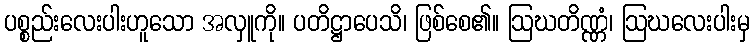
ပစ္စည်းလေးပါးဟူသော အလှူကို။ ပတိဋ္ဌာပေသိ၊ ဖြစ်စေ၏။ ဩဃတိဏ္ဏံ၊ ဩဃလေးပါးမှ